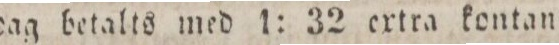
dag betalts med 1: 32 ertra kontant.